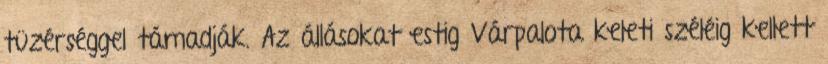
tüzérséggel támadják. Az állásokat estig Várpalota keleti széléig kellett